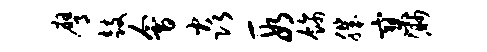
膺鼓会焱段饰肌寥渺